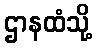
ဌာနထံသို့